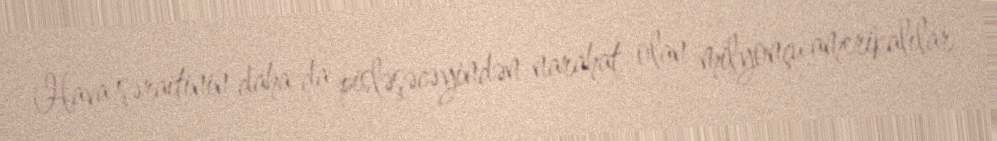
Hava şəraitinin daha da pisləşəcəyindən narahat olan milyonçu amerikalılar